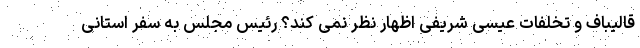
قالیباف و تخلفات عیسی شریفی اظهار نظر نمی کند؟ رئیس مجلس به سفر استانی